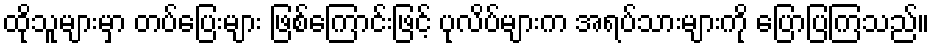
ထိုသူများမှာ တပ်ပြေးများ ဖြစ်ကြောင်းဖြင့် ပုလိပ်များက အရပ်သားများကို ပြောပြကြသည်။